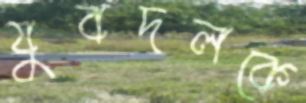
যুবদলকে